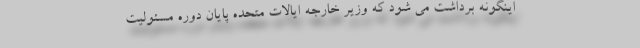
اینگونه برداشت می شود که وزیر خارجه ایالات متحده پایان دوره مسئولیت